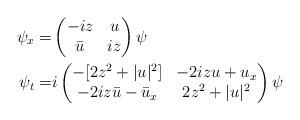
LaTeX: \begin{align*}\psi_x = &\left(\begin{matrix} -iz & u \\ \bar u &iz \end{matrix} \right) \psi \\\psi_t = & i\left(\begin{matrix}-[2z^2 +|u|^2] & -2izu+u_x \\-2 i z\bar u - \bar u_x & 2z^2 +|u|^2\end{matrix}\right)\psi \end{align*}